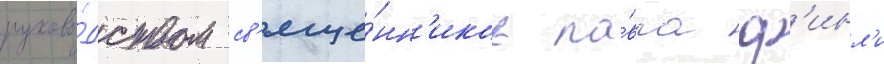
руково́дством св'яще́нн'иков па́вла ф'инл'и